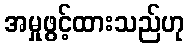
အမှုဖွင့်ထားသည်ဟု